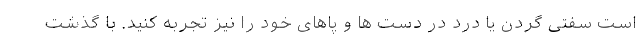
است سفتی گردن یا درد در دست ها و پاهای خود را نیز تجربه کنید. با گذشت